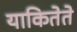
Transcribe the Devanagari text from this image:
याकितेते